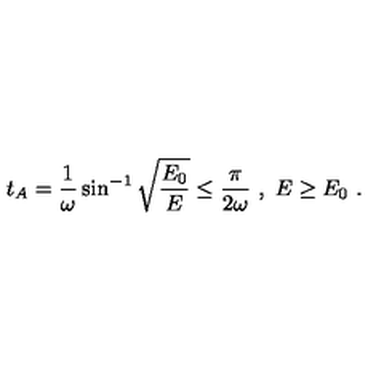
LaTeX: t _ { A } = \frac { 1 } { \omega } \sin ^ { - 1 } \sqrt { \frac { E _ { 0 } } { E } } \leq \frac { \pi } { 2 \omega } \ , \ E \geq E _ { 0 } \ .